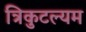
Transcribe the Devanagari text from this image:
त्रिकुटल्यम